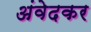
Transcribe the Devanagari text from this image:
अंवेदकर